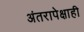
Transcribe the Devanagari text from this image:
अंतरापेक्षाही